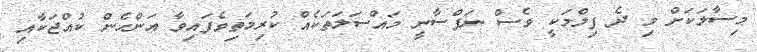
މިސާލަކަށް މި ދެ ފިލްމަކީ ވެސް ނަފްސާނީ މައްސަލަތަކެއް ކުރިމަތިވެފައިވާ އަންހެން ކުއްޖަކާއި